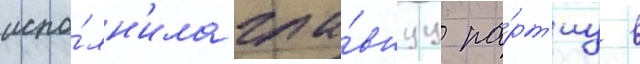
испо́лн'ила гла́внуу па́рт'иу в